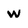
Character: w